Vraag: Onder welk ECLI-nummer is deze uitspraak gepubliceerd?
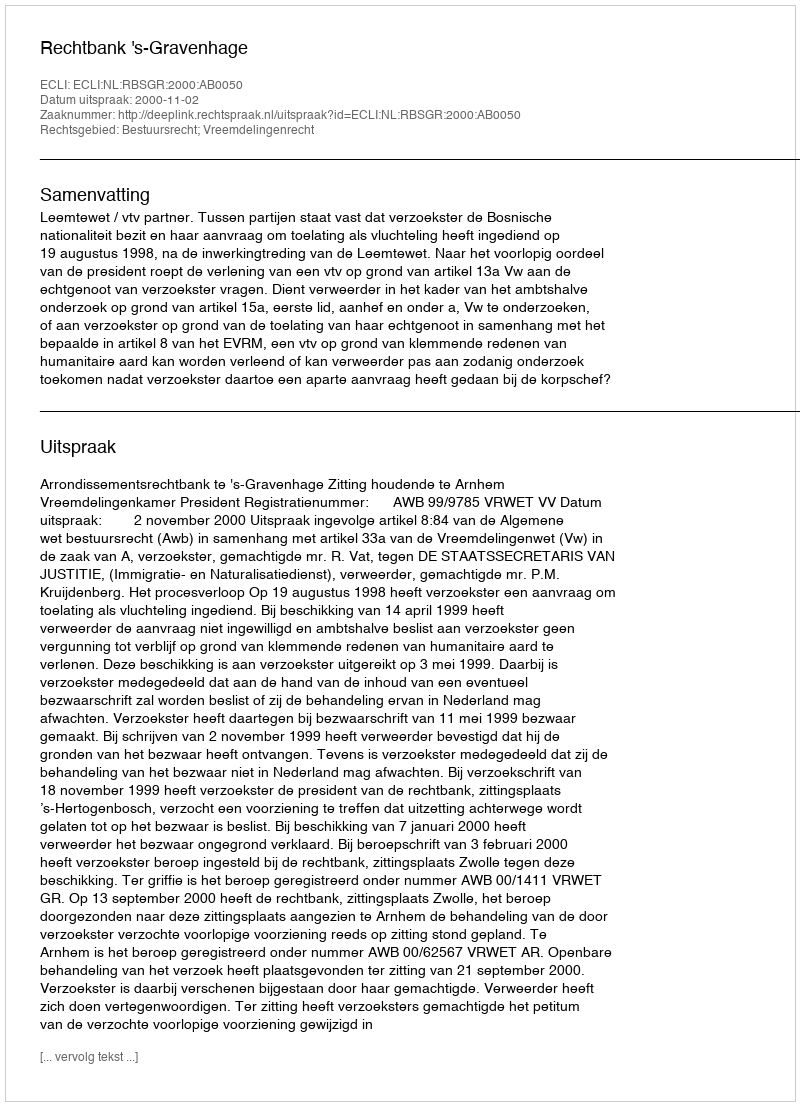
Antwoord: ECLI:NL:RBSGR:2000:AB0050